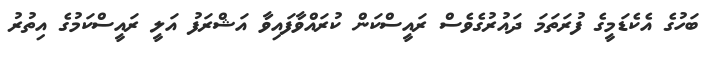
ބަހުގެ އެކެޑަމީގެ ފުރަތަމަ ދައުރުގެވެސް ރައީސްކަން ކުރައްވާފައިވާ އަޝްރަފު އަލީ ރައީސްކަމުގެ އިތުރު